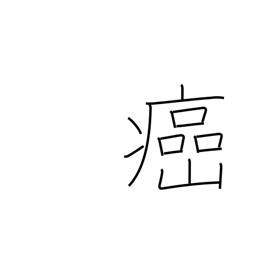
Meaning: cancerous evil